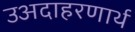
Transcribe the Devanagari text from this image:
उअदाहरणार्थ